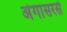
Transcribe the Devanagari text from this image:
अंगासरसे